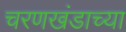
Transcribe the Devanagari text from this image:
चरणखंडाच्या